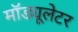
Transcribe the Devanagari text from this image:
मॉड्यूलेटर